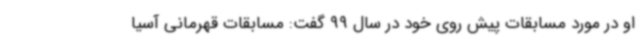
او در مورد مسابقات پیش روی خود در سال 99 گفت: مسابقات قهرمانی آسیا